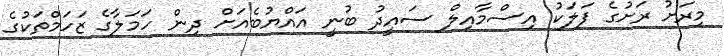
މިރަށު ރަށުގެ ފަލަކު އިސްމާއިލް ސައީދު ބުނީ އައްޔުބެއަށް ދިން ހަމަލާގެ ޒަހަމްތަކުގެ